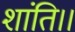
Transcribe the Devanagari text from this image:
शांति।।